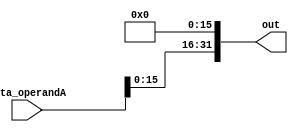
module sll_16(data_operandA, out); 
    
    input [31:0] data_operandA; 
    output [31:0] out;
    assign out = {data_operandA[15:0], 16'b0};

endmodule